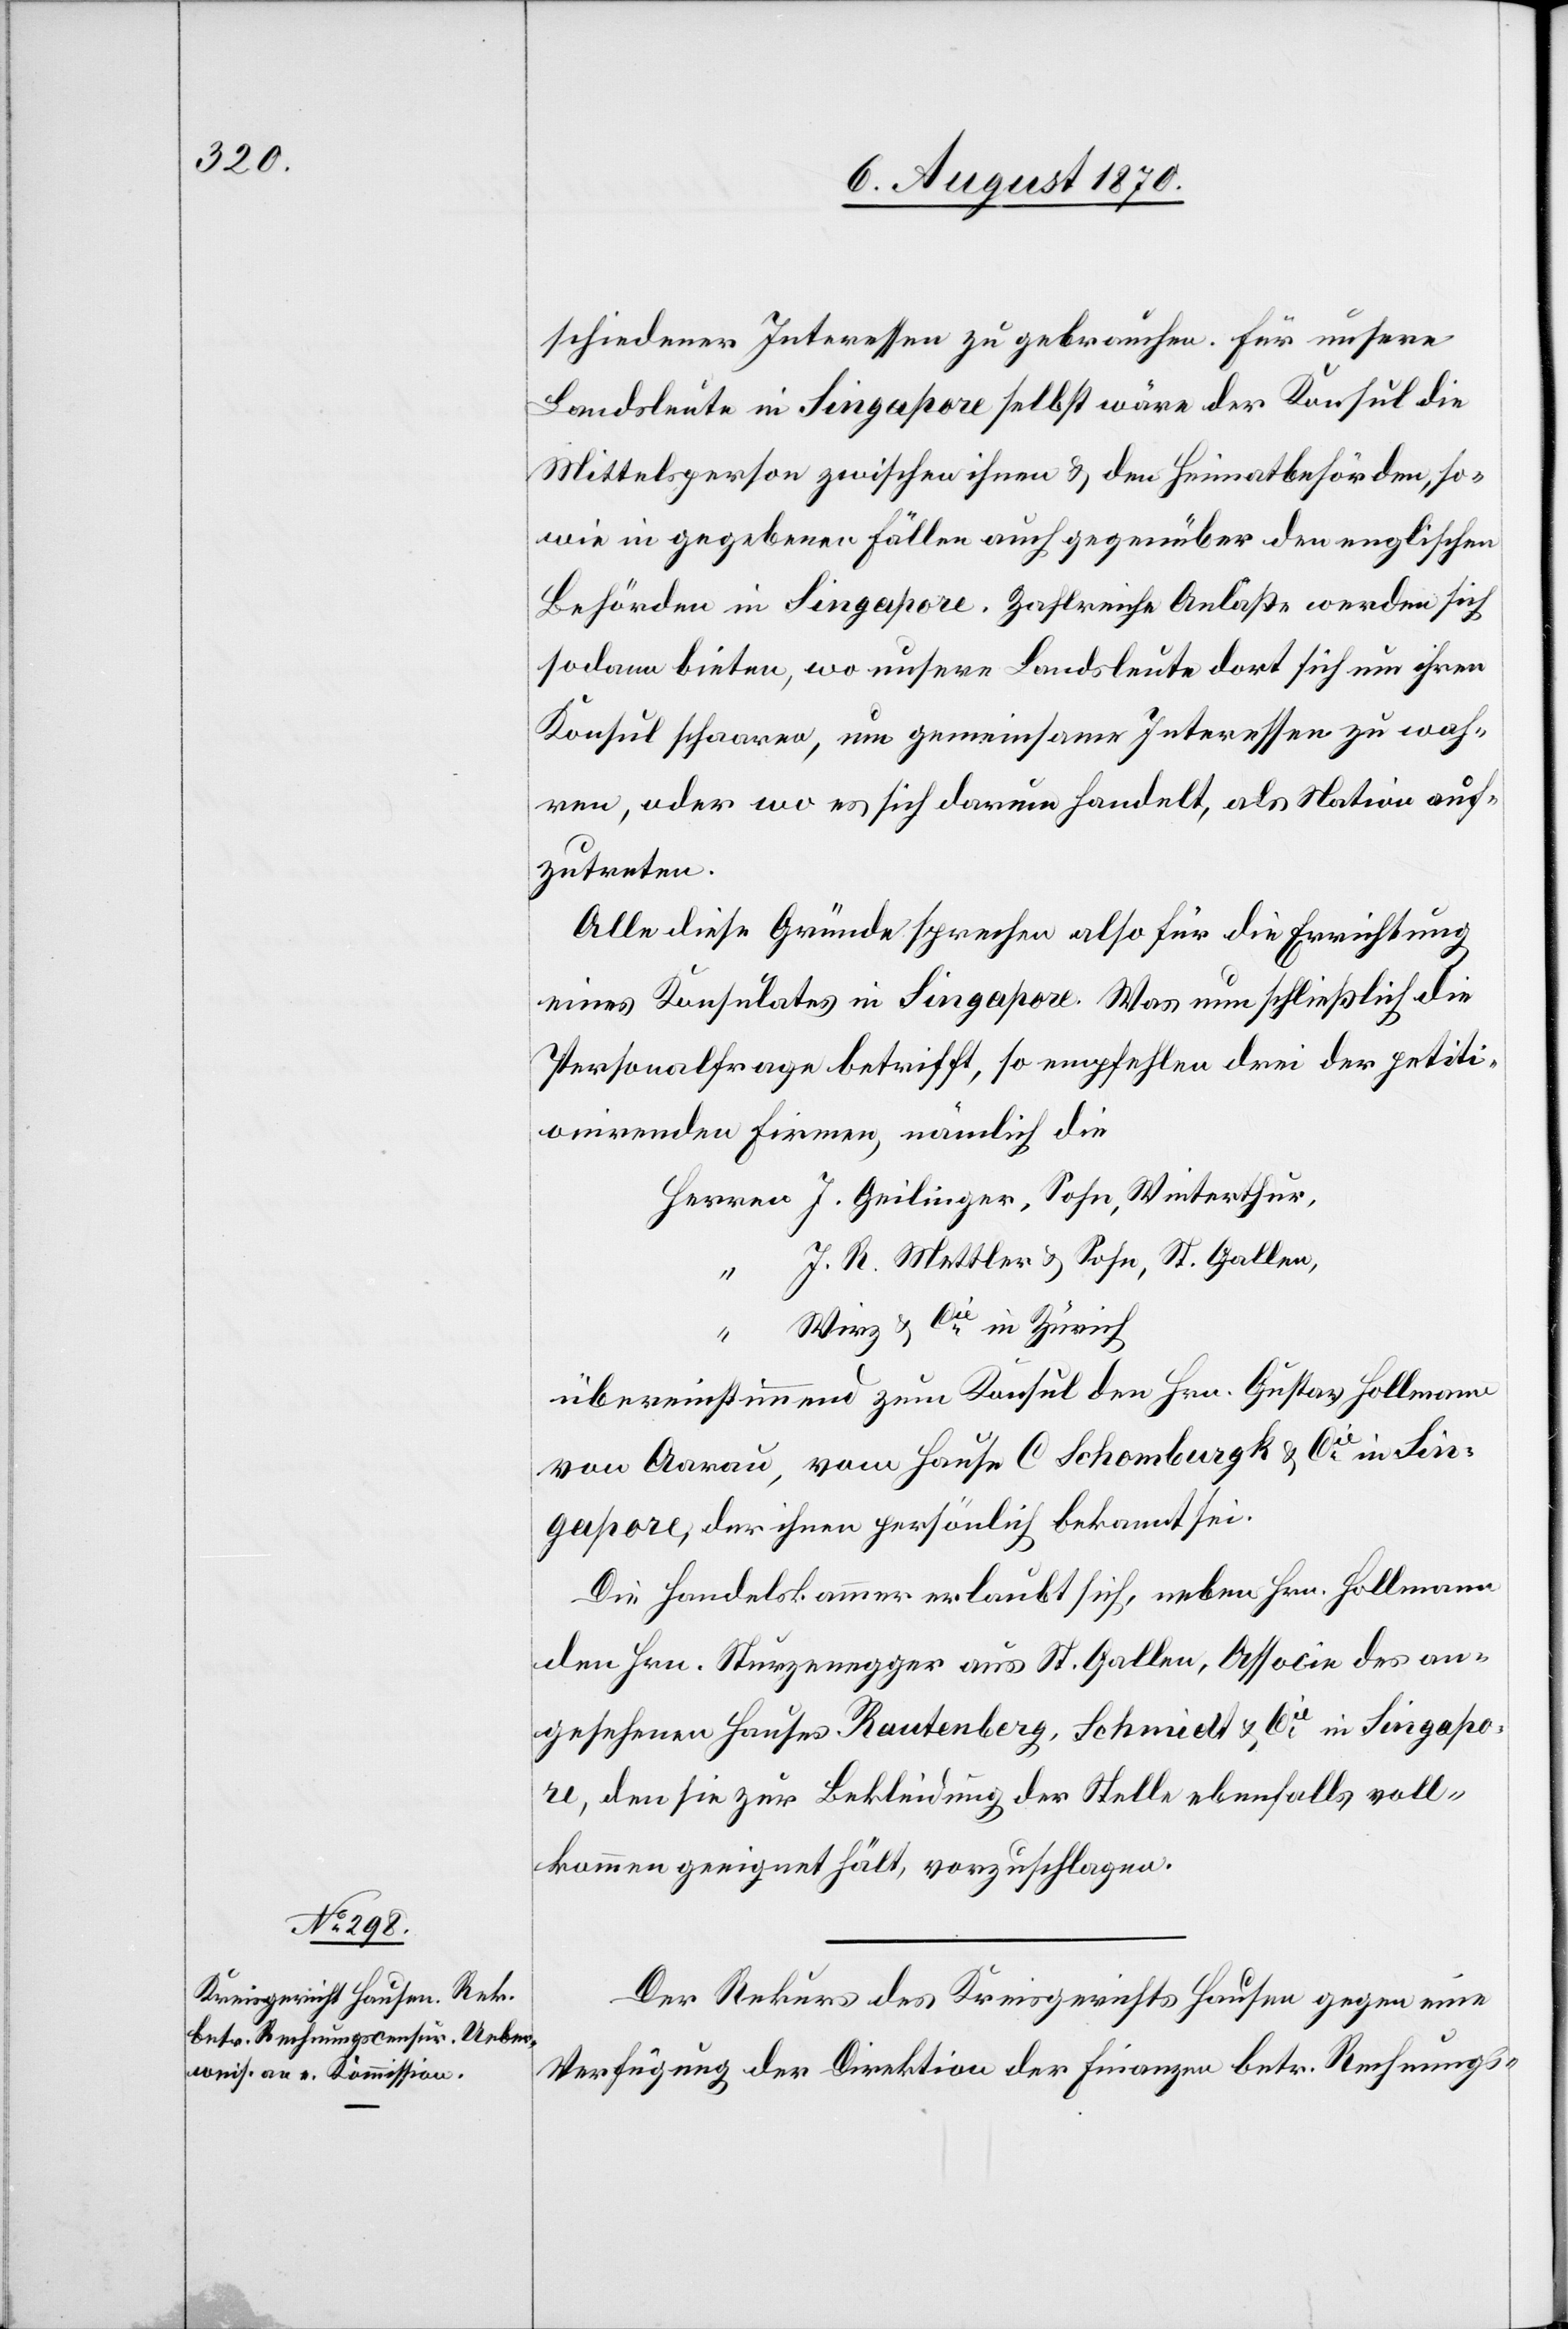
schiedener Interessen zu gebrauchen. Für unsere
Landsleute in Singapore selbst wäre der Konsul die
Mittelsperson zwischen ihnen & den Heimatsbehörden, so¬
wie in gegebenen Fällen auch gegenüber den englischen
Behörden in Singapore. Zahlreiche Anläße werden sich
sodann bieten, wo unsere Landsleute dort sich um ihren
Konsul schaaren [sic!], um gemeinsame Interessen zu wah¬
ren, oder wo es sich darum handelt, als Nation auf¬
zutreten.
Alle diese Gründe sprechen also für die Errichtung
eines Konsulates in Singapore. Was nun schließlich die
Personalfrage betrifft, so empfehlen drei der petiti¬
onirenden Firmen, nämlich die
J. R. Mettler & Sohn, St. Gallen,
“
Wirz & Cie in Zürich
übereinstimmend zum Konsul den Hrn. Gustav Hollmann
von Aarau, vom Hause C. Schomburgk & Cie in Sin¬
gapore, der ihnen persönlich bekannt sei.
Die Handelskammer erlaubt sich, neben Hrn. Hollmann
den Hrn. Sturzenegger aus St. Gallen, Associe des an¬
gesehenen Hauses Rautenberg, Schmidt & Cie in Singapo¬
re, den sie zur Bekleidung der Stelle ebenfalls voll¬
kommen geeignet hält, vorzuschlagen.
Der Rekurs des Kreisgerichts Hausen gegen eine
Verfügung der Direktion der Finanzen betr. Rechnungs-